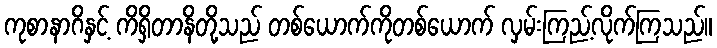
ကုစာနာဂိနှင့် ကိရှိတာနိတို့သည် တစ်ယောက်ကိုတစ်ယောက် လှမ်းကြည့်လိုက်ကြသည်။